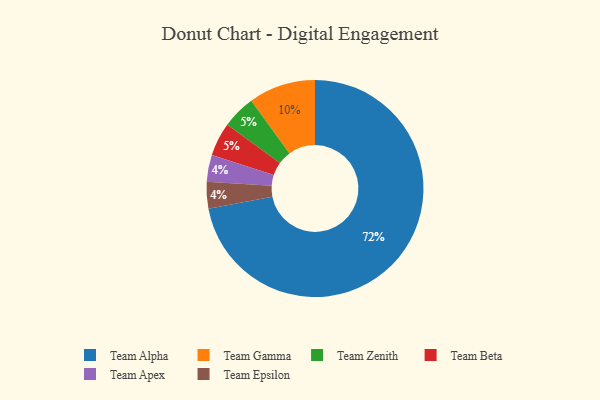
{"axis": {"x": "Category", "y": "Percentage"}, "legend": ["Team Alpha", "Team Apex", "Team Beta", "Team Epsilon", "Team Gamma", "Team Zenith"], "data": [{"x": "Team Zenith", "y": 5, "type": "Team Zenith"}, {"x": "Team Apex", "y": 4, "type": "Team Apex"}, {"x": "Team Alpha", "y": 72, "type": "Team Alpha"}, {"x": "Team Beta", "y": 5, "type": "Team Beta"}, {"x": "Team Gamma", "y": 10, "type": "Team Gamma"}, {"x": "Team Epsilon", "y": 4, "type": "Team Epsilon"}]}